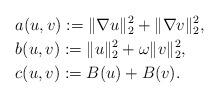
LaTeX: \begin{align*}&a(u,v):=\|\nabla u\|_{2}^{2}+\|\nabla v\|_{2}^{2},\\&b(u,v):=\|u\|_{2}^{2}+\omega\|v\|_{2}^{2},\\&c(u,v):=B(u)+B(v).\end{align*}